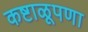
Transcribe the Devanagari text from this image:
कष्टाळूपणा